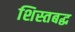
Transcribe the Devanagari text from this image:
शिस्तबद्घ